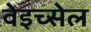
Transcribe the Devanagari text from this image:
वेइच्सेल